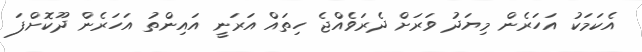
އެކަމަކު އަހަރެން މިޔަދު ވަރަށް ދެރަވެއްޖެ ހިތައް އަރަނީ އައިންތު އަހަރެން ދޫކޮށްފަ